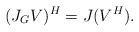
LaTeX: \begin{align*}(J_GV)^H = J(V^H).\end{align*}